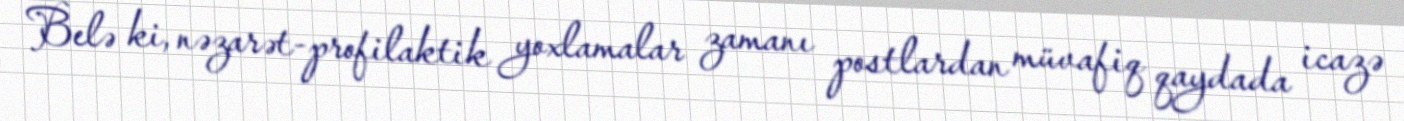
Belə ki, nəzarət-profilaktik yoxlamalar zamanı postlardan müvafiq qaydada icazə